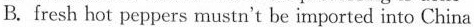
B.fresh hot peppers mustn't be imported into China